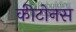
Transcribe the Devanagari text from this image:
कीटोनस